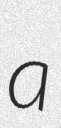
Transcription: a